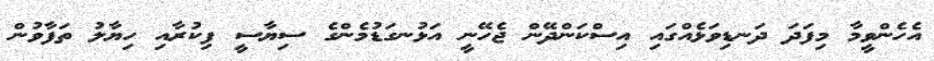
އެހެންވީމާ މިފަދަ ދަނޑިވަޅެއްގައި އިސްކަންދޭން ޖެހޭނީ އަޅުނގަޑުމެންގެ ސިޔާސީ ފިކުރާއި ހިޔާލު ތަފާވުން